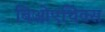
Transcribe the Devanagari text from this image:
बिओएथिक्स